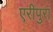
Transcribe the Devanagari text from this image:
एरीपुरा